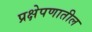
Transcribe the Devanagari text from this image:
प्रक्षेपणातील